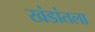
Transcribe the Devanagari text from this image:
खंडांतला